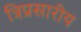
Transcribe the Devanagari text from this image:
त्रिप्रसारीय